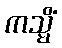
ကသ္မိံ